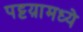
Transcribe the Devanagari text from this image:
पट्टय़ामध्ये